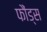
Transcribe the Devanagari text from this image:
फौंड्स